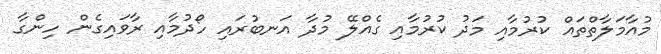
މުއާމަލާތްތައް ކުރުމާއި މަދު ކުރުމާއި ގެއްލޭ މުދާ އަނބުރައި ހޯދުމާއި ރާވައިގެން ހިންގާ